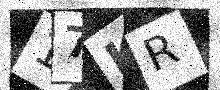
Text: 17KR